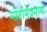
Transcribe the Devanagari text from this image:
मोहीमेप्रमाणे